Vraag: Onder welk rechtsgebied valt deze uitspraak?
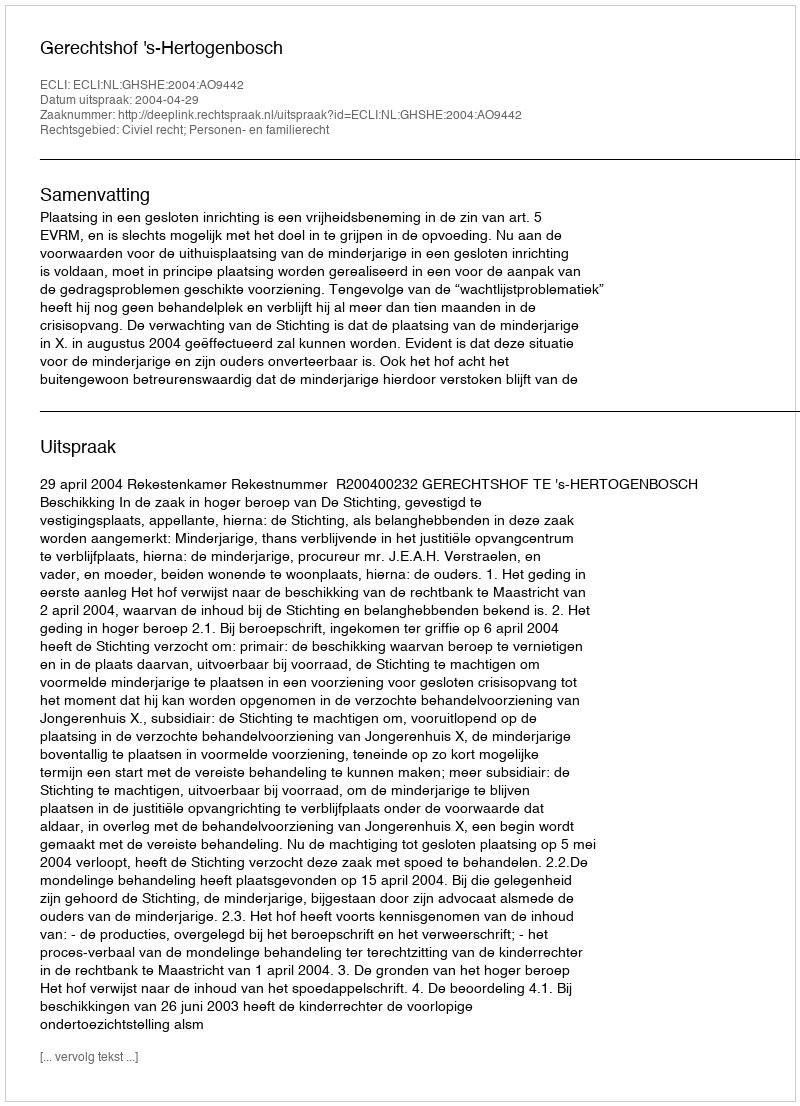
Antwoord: Civiel recht; Personen- en familierecht